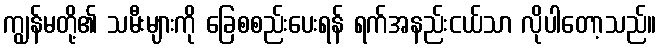
ကျွန်မတို့၏ သမီးများကို ခြေစစည်းပေးရန် ရက်အနည်းငယ်သာ လိုပါတော့သည်။